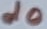
Text: d0